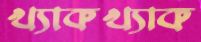
খ্যাকখ্যাক